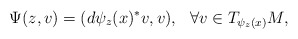
\begin{align*}\Psi(z,v)=(d\psi_z(x)^*v,v),\ \ \forall v\in T_{\psi_z(x)}M,\end{align*}